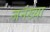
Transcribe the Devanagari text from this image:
जनंख्या